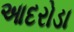
આદરોડા